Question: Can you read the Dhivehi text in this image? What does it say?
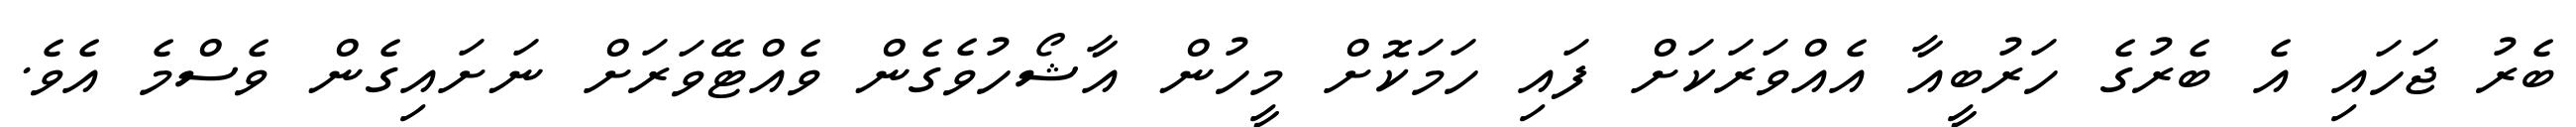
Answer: ބެރު ޖަހައި އެ ބެރުގެ ހަރުބީއާ އެއްވަރަކަށް ފައި ހަމަކޮށް މީހުން އާޝޯހުވެގެން ވެއްޓޭވަރަށް ނަށައިގެން ވެސްމެ އެވެ.